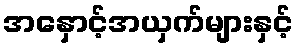
အနှောင့်အယှက်များနှင့်